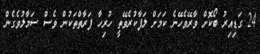
24 ގަޑިއިރު ބޯކޮށް ވާރޭވެހޭނެ ކަމަށް ލަފާކުރެވޭތީ ހުރިހާ ފަރާތްތަކުން ވެސް ސަމާލުވެގެން